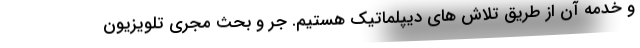
و خدمه آن از طریق تلاش های دیپلماتیک هستیم. جر و بحث مجری تلویزیون